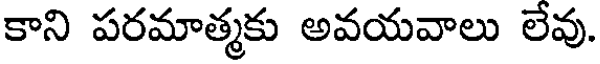
కాని పరమాత్మకు అవయవాలు లేవు.